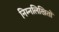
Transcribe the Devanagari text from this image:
निम्नलिखितों